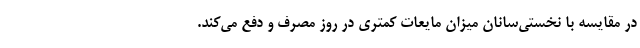
در مقایسه با نخستی‌سانان میزان مایعات کمتری در روز مصرف و دفع می‌کند.